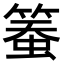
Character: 𥱄